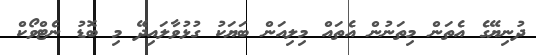
ދުނިޔޭގެ އެތަން މިތަނުން އެތައް މިލިއަން ބަޔަކު ގުޅުވާލައިދޭ މި ބޮޑު ނެޓްވޯކް